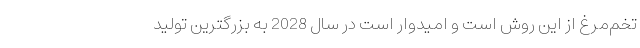
تخم‌مرغ از این روش است و امیدوار است در سال 2028 به بزرگترین تولید